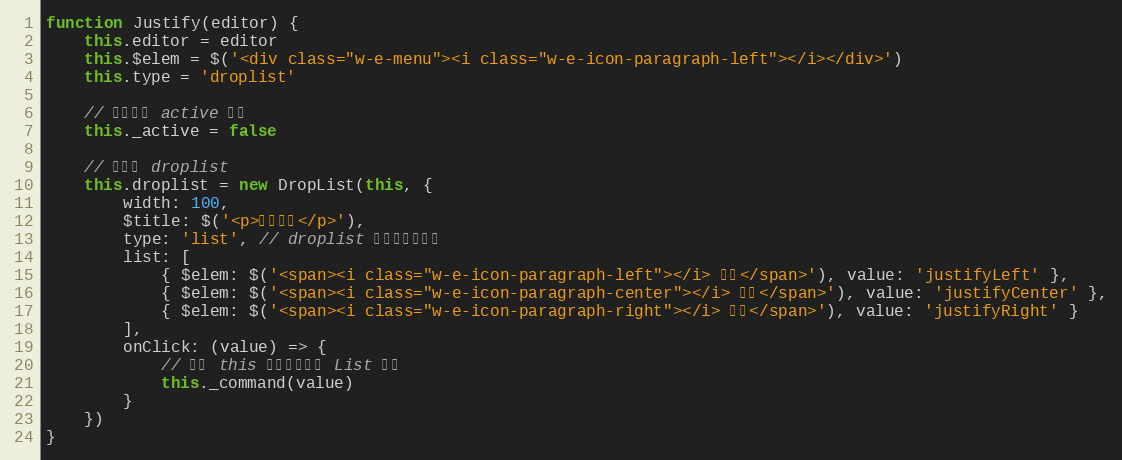
Language: JavaScript
function Justify(editor) {
    this.editor = editor
    this.$elem = $('<div class="w-e-menu"><i class="w-e-icon-paragraph-left"></i></div>')
    this.type = 'droplist'

    // 当前是否 active 状态
    this._active = false

    // 初始化 droplist
    this.droplist = new DropList(this, {
        width: 100,
        $title: $('<p>对齐方式</p>'),
        type: 'list', // droplist 以列表形式展示
        list: [
            { $elem: $('<span><i class="w-e-icon-paragraph-left"></i> 靠左</span>'), value: 'justifyLeft' },
            { $elem: $('<span><i class="w-e-icon-paragraph-center"></i> 居中</span>'), value: 'justifyCenter' },
            { $elem: $('<span><i class="w-e-icon-paragraph-right"></i> 靠右</span>'), value: 'justifyRight' }
        ],
        onClick: (value) => {
            // 注意 this 是指向当前的 List 对象
            this._command(value)
        }
    })
}